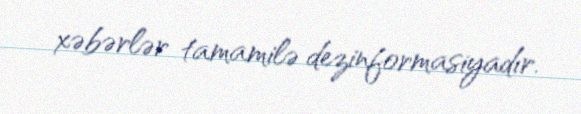
xəbərlər tamamilə dezinformasiyadır.